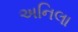
અનિલા